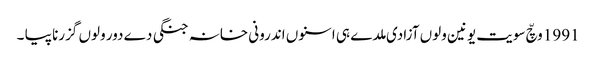
1991 وچّ سویت یونین ولوں آزادی ملدے ہی اسنوں اندرونی خانہ جنگی دے دور ولوں گزرنا پیا ۔